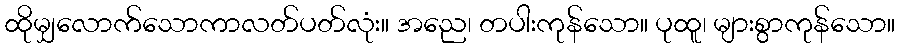
ထိုမျှလောက်သောကာလတ်ပတ်လုံး။ အညေ၊ တပါးကုန်သော။ ပုထူ၊ များစွာကုန်သော။